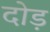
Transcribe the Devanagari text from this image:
दोड़